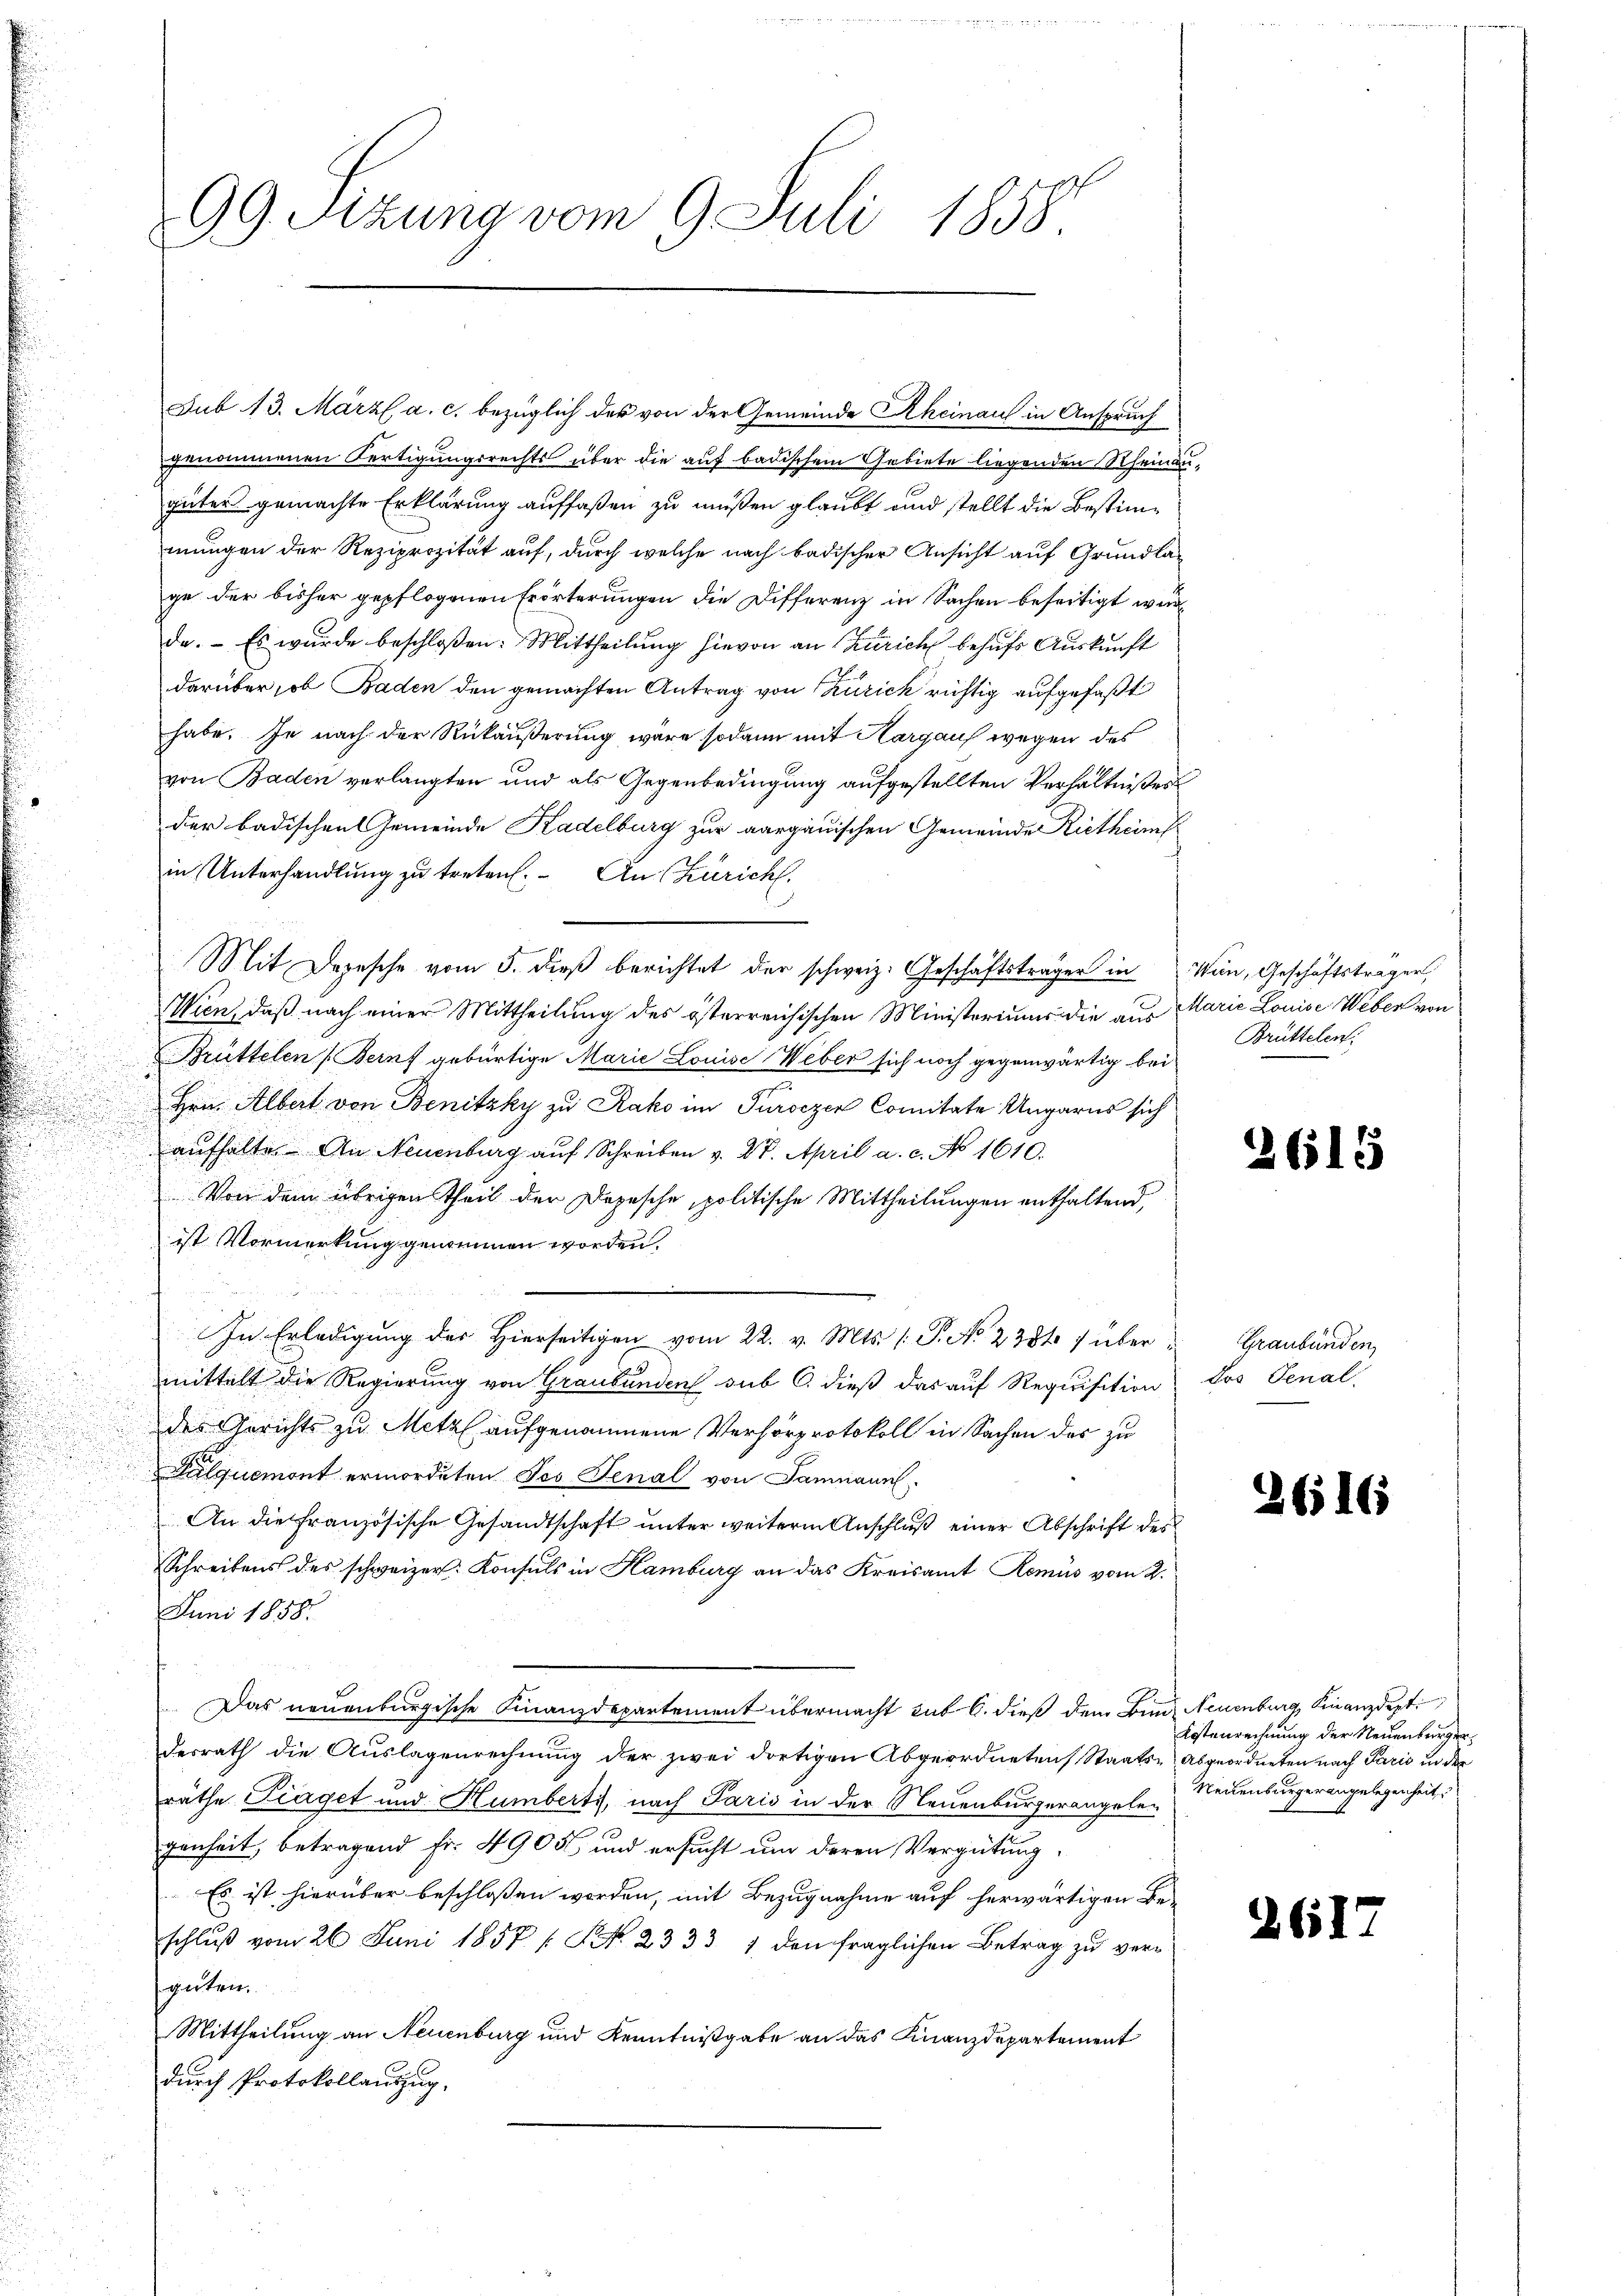
99. Sizung vom 9. Juli 1858

Sub 13. März a. c. bezüglich der von der Gemeinde Rheinaus in Anspruch
genommenen Fertigungsrechts über die auf badischem Gebiete liegenden Rheinangüter gemachte Erklärung auffaßen zu müßen glaubt und stellt die Bestimmungen der Reziprozität auf, durch welche nach badischer Ansicht auf Grundlage der bisher gepflogenen Erörterungen die Differenz in Sachen beseitigt wurda. Es wurde beschloßen: Mittheilung hievon an Zürich behufs Auskunft
darüber, ob Baden den gemachten Antrag von Zürich richtig aufgefaßt
habe. Je nach der Rückäußerung wäre sodann mit Hargaus wegen des
von Baden verlangten und als Gegenbedingung aufgestellten Verhältnißes
der badischen Gemeinde Kadelburg zur aargauischen Gemeinde Rietheimf
in Unterhandlung zu treten. An Zürich,
Mit Depesche vom 5. dieß berichtet der schweiz. Geschäftsträger in Win, Geschäftstragen,
Wien, daß nach einer Mittheilung des österreichischen Ministeriums die aus Marie Louise Weber von
Brüttelen (Berns gebürtige Marie Louise Weber sich noch gegenwärtig bei
Hrn. Albert von Benitzky zu Rako im Turoezen Comitate Ungarns sich
aufhalte. An Neuenburg auf Schreiben v. Dr. April a. c. No 1610.
Von dem übrigen Theil der Depesche, politische Mittheilungen enthaltend,
ist Vormerkung genommen worden.
In Erledigung der Hierseitigen vom 22. v. Mts. (: P. No 2384 f über Graubünden,
mittelt die Regierung von Graubünden sub C. dieß das auf Requisition
des Gerichts zu Metzl aufgenommene Verhörprotokoll in Sachen des zu
Palquemont ermordeten Jes Fenal von Samnaun
An die Französische Gesandtschaft unter weiterm Anschluß einer Abschrift des
Schreibens des schweizer Konsuls in Hamburg an das Kreisamt Remis vom 2.
Juni 1858.
Das neuenburgische Finanzdepartement übermacht sub 6. dieß dem Bund Neuenburg, Finanzdept
desrath die Auslagenrechnung der zwei dortigen Abgeordneten Staats-, Abgeordneten nach Paris in der
räthe Traget und Humberti, nach Paris in der Neuenburgerangele¬
31
genheit, betragend Fr. 4905 und ersucht um deren Vergütung.
Es ist hierüber beschloßen worden, mit Bezugnahme auf herwärtigen Be-
schluß vom 26. Juni 1857 / NNo. 2333 1 den fraglichen Betrag zu vergüten.
Mittheilung an Neuenburg und Kenntnißgabe an das Finanzdepartement
durch Protokollauszug.

Brüttelen.

261

Dos Senal.

.

65

Kostenrechnung der Neuenburger¬
Neuenburgerangelegenheit

265)